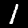
Digit: 1